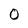
Character: 0